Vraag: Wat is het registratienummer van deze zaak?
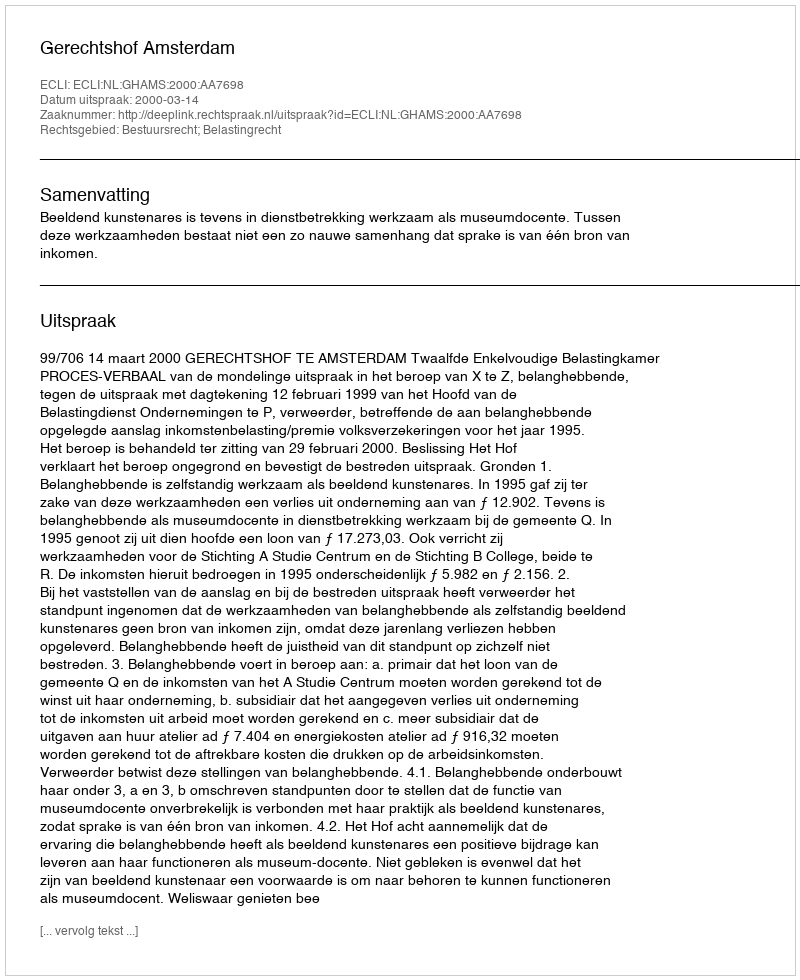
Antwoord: http://deeplink.rechtspraak.nl/uitspraak?id=ECLI:NL:GHAMS:2000:AA7698